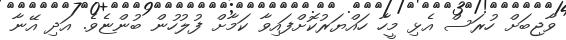
ވާޖިބަށް ހުރަސް އެޅި މީހާ ހައްޔަރުކޮށްފައިވާ ކަމާށް ފުލުހުން ބުންޏެވެ. އަދި އޭނާ